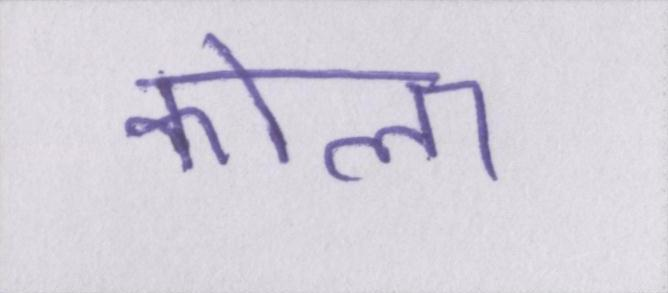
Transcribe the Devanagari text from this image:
कोला